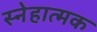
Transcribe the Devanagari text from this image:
स्नेहात्मक